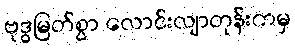
ဗုဒ္ဓမြတ်စွာ လောင်းလျာတုန်းကမှ